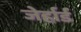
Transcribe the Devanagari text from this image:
जेर्हार्ड